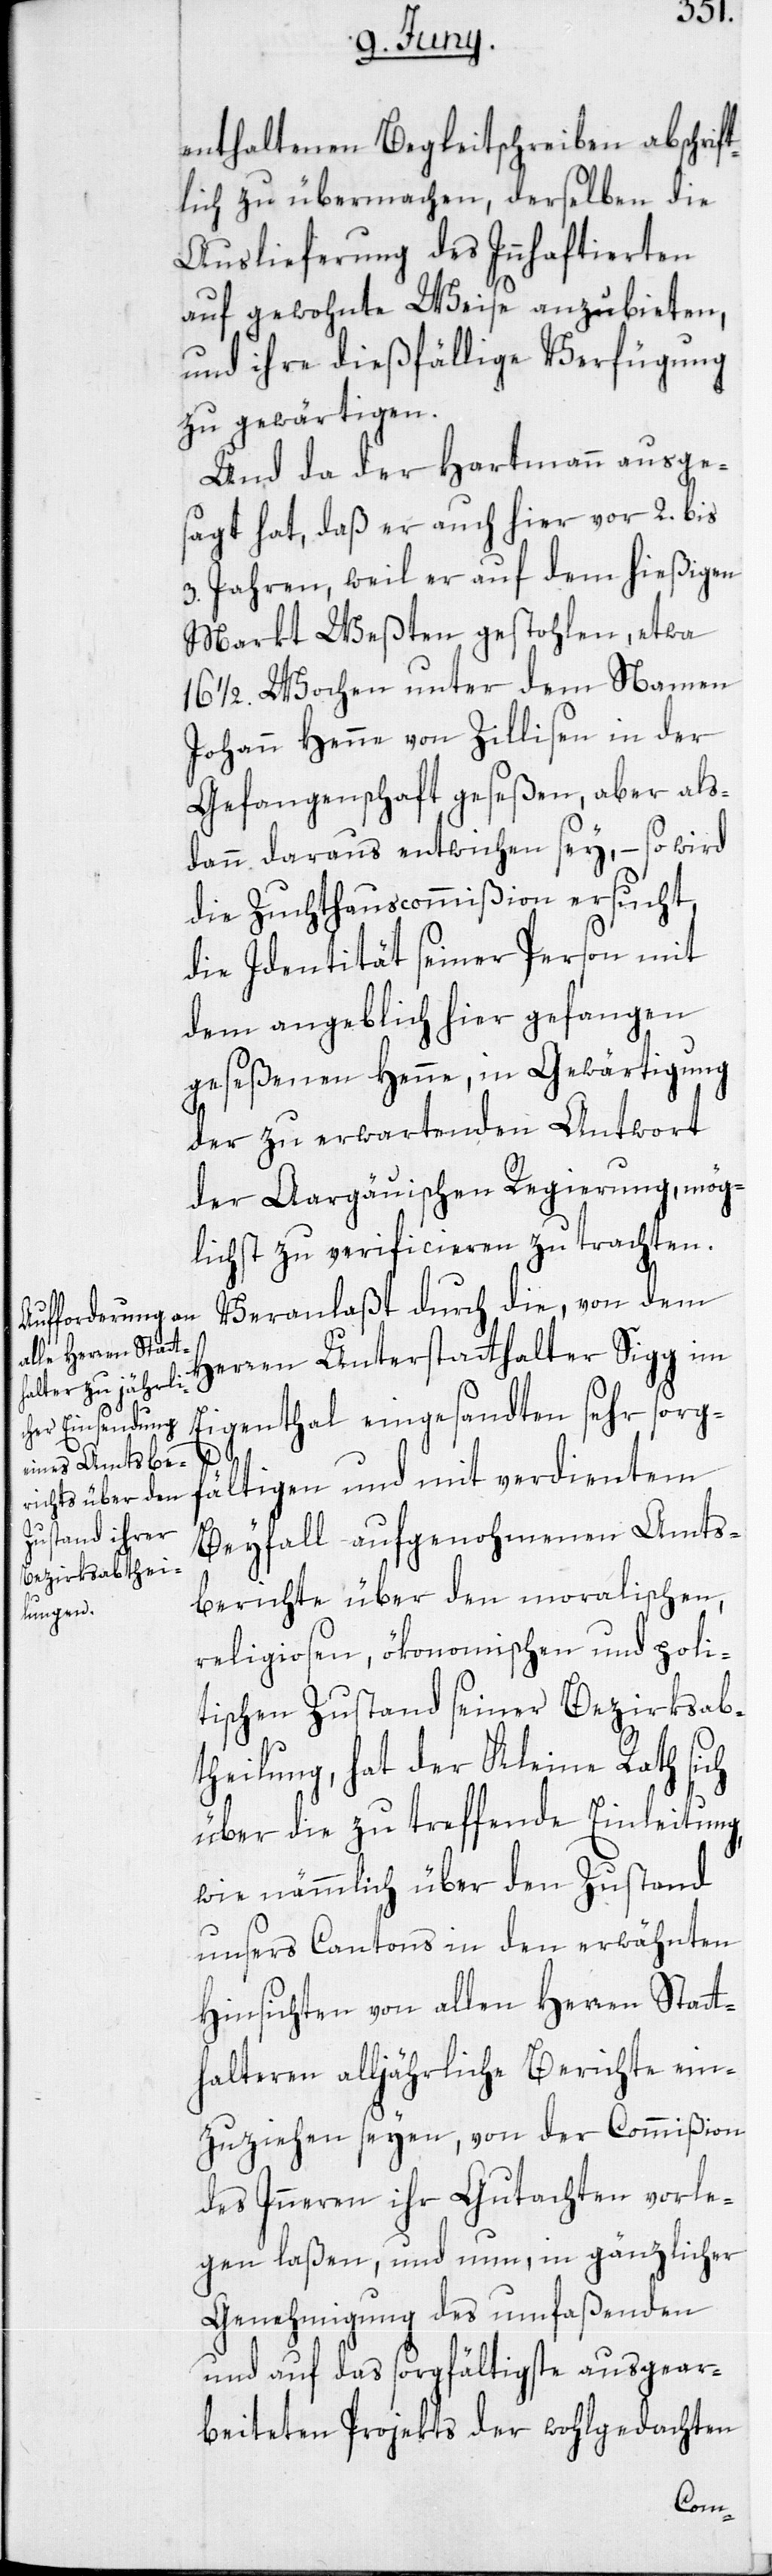
enthaltenen Begleitschreiben abschrif¬
tlich zu übermachen, derselben die
Auslieferung des Innhaftierten
auf gewohnte Weise anzubieten,
und ihre dießfällige Verfügung
zu gewärtigen.
Uns da der Hartmann ausge¬
sagt hat, daß er auch hier vor 2. bis
3. Jahren, weil er auf dem hießigen
Markt Weßten gestohlen, etwa
16 1/2. Wochen unter dem Namen
Johann Henne von Zillisen in der
Gefangenschaft geseßen, aber als¬
dann daraus entwichen sey, – so wird
die Zuchthauscommißion ersucht,
die Identität seiner Person mit
dem angeblich hier gefangen
geseßenen Henne, in Gewärtigung
der zu erwartenden Antwort
der Aargäuischen Regierung, mög¬
lichst zu verificieren zu trachten.
Veranlaßt durch die, von dem
Herren Unterstatthalter Sigg im
Eigenthal eingesandten sehr sorgf¬
ältigen und mit verdientem
Beyfall aufgenohmenen Amts¬
berichte über den moralischen,
religiosen, ökonomischen und poli¬
tischen Zustand seiner Bezirksab¬
theilung, hat der Kleine Rath sich
über die zu treffende Einleitung,
wie nämmlich über den Zustand
unsers Cantons in den erwähnten
Hinsichten von allen Herren Statt¬
halteren alljährliche Berichte ein¬
zuziehen seyen, von der Commißion
des Inneren ihr Gutachten vorle¬
gen laßen, und nun, in gänzlicher
Genehmigung des umfaßenden
und auf das sorgfältigste ausgear¬
beiteten Projekts der wohlgedachten